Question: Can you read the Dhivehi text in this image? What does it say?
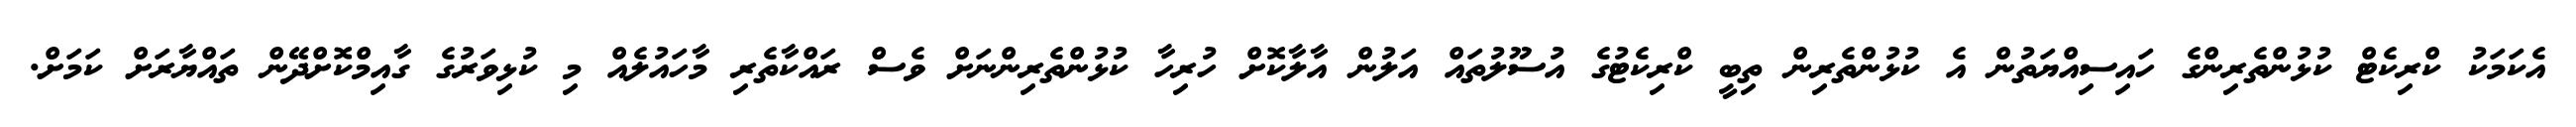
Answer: އެކަމަކު ކްރިކެޓް ކުޅުންތެރިންގެ ހައިސިއްޔަތުން އެ ކުޅުންތެރިން ތިބީ ކްރިކެޓުގެ އުސޫލުތައް އަލުން އާލާކޮށް ހުރިހާ ކުޅުންތެރިންނަށް ވެސް ރައްކާތެރި މާހައުލެއް މި ކުޅިވަރުގެ ގާއިމްކޮށްދޭން ތައްޔާރަށް ކަމަށް.